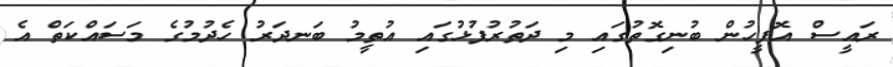
ރައީސް އޮފީހުން ބުނިގޮތުގައި މި ދަތުރުފުޅުގައި އުތީމު ބަނދަރު ހެދުމުގެ މަސައްކަތް އެ